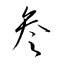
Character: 参